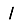
Digit: 1